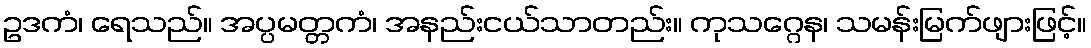
ဥဒကံ၊ ရေသည်။ အပ္ပမတ္တကံ၊ အနည်းငယ်သာတည်း။ ကုသဂ္ဂေန၊ သမန်းမြက်ဖျားဖြင့်။